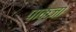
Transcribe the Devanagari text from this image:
पाकजा